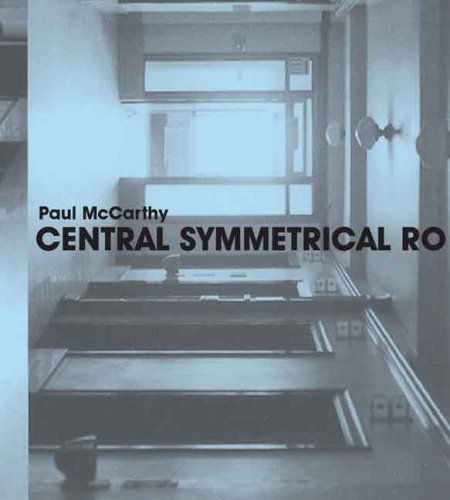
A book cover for Paul McCarthy: Central Symmetrical Rotation Movement: Three Installations, Two Films (Whitney Museum of American Art); Chrissie Iles; Arts & Photography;